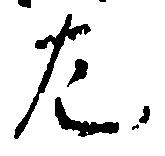
左